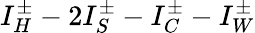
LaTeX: I_{H}^{\pm}-2I_{S}^{\pm}-I_{C}^{\pm}-I_{W}^{\pm}